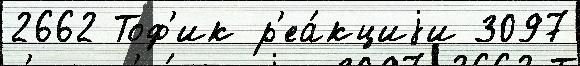
2662 Тоф'ик р'еа́кциjи 3097